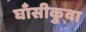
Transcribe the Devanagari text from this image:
घाँसीकुवा